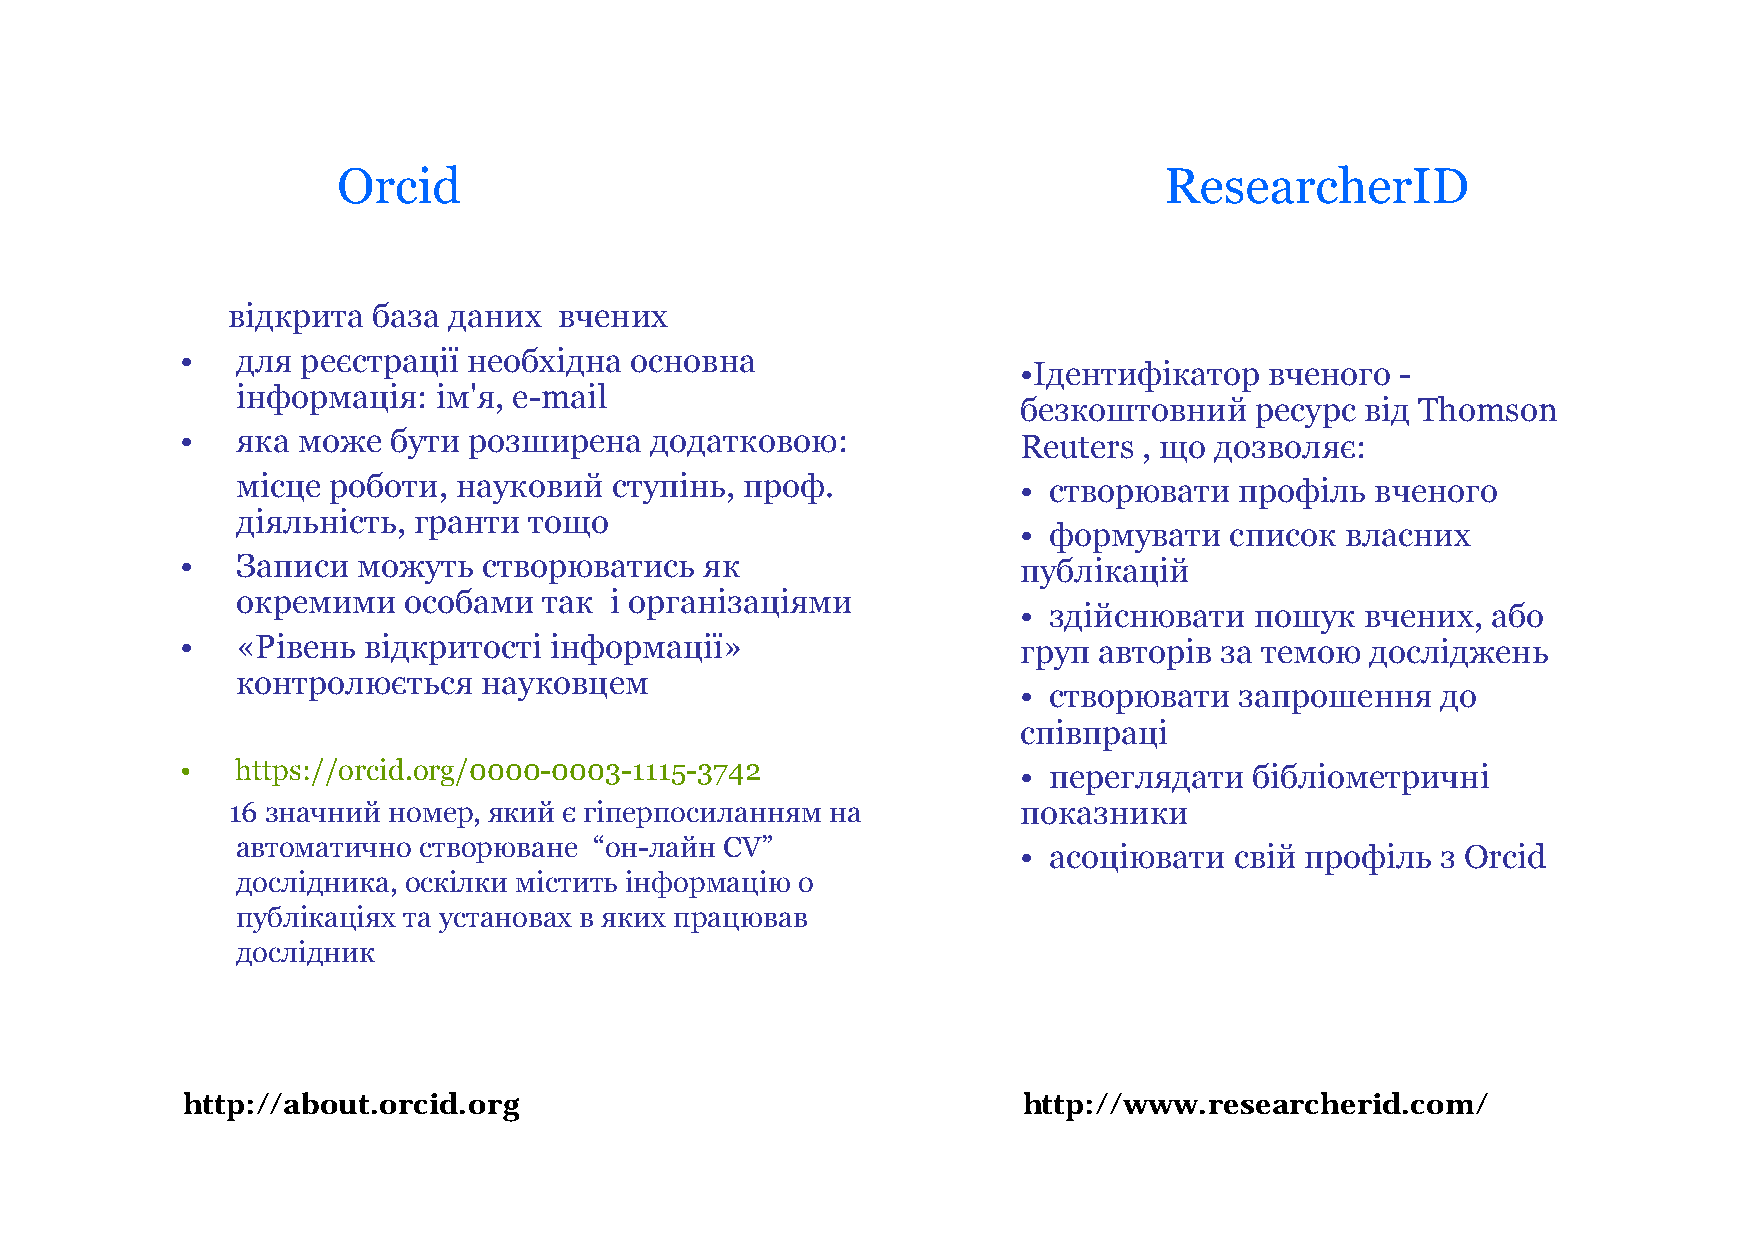
Orcid                                                  ResearcherID
 відкрита  база даних  вчених
 •   для реєстрації необхідна  основна
 •Ідентифікатор   вченого  -
 інформація:  ім'я, e-mail
 безкоштовний    ресурс від Thomson
 •   яка може  бути розширена   додатковою:             Reuters  , що дозволяє:
 місце роботи, науковий  ступінь, проф.             • створювати   профіль  вченого
 діяльність, гранти тощо
 • формувати   список  власних
 •   Записи  можуть  створюватись   як                  публікацій
 окремими   особами  так і організаціями
 • здійснювати   пошук  вчених,  або
 •   «Рівень відкритості інформації»                    груп  авторів за темою  досліджень
 контролюється   науковцем
 • створювати   запрошення   до
 співпраці
 •   https://orcid.org/0000-0003-1115-3742              • переглядати   бібліометричні
 16 значний номер, який є гіперпосиланням на         показники
 автоматично створюване “он-лайн CV”
 • асоціювати   свій профіль з Orcid
 дослідника, оскілки містить інформацію о
 публікаціях та установах в яких працював
 дослідник
 http://about.orcid.org                                  http://www.researcherid.com/